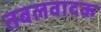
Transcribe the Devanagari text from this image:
तबलवादक